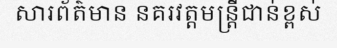
សារព័ត៌មាន នគរវត្តមន្ត្រីជាន់ខ្ពស់